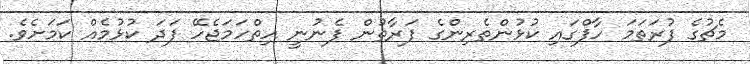
މެޗުގެ ފުރަތަމަ ހާފްގައި ކުޅުންތެރިންގެ ފަރާތުން ފެނުނީ ހިތްހަމަޖެހޭ ފަދަ ކުޅުމެއް ކަމަށެވެ.